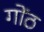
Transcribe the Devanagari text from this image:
गोंठ